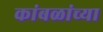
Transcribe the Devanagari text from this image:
कांबळांच्या